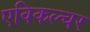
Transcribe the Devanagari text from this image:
एविकल्चर